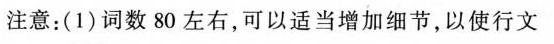
注意：(1)词数80左右，可以适当增加细节，以使行文